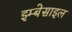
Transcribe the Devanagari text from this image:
इम्बेसाइल